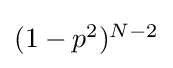
\textstyle (1-p^{2})^{N-2}